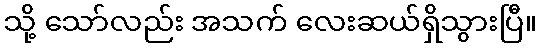
သို့ သော်လည်း အသက် လေးဆယ်ရှိသွားပြီ။